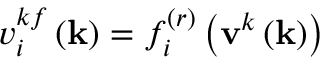
v _ { i } ^ { k f } \left( \mathbf { k } \right) = f _ { i } ^ { ( r ) } \left( \mathbf { v } ^ { k } \left( \mathbf { k } \right) \right)